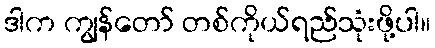
ဒါက ကျွန်တော် တစ်ကိုယ်ရည်သုံးဖို့ပါ။